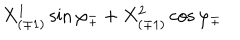
{ X _ { ( \mp 1 ) } ^ { 1 } \sin \varphi _ { \mp } + X _ { ( \mp 1 ) } ^ { 2 } \cos \varphi _ { \mp } }